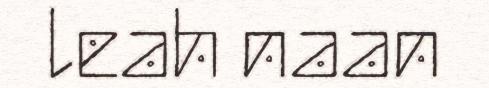
leah naan